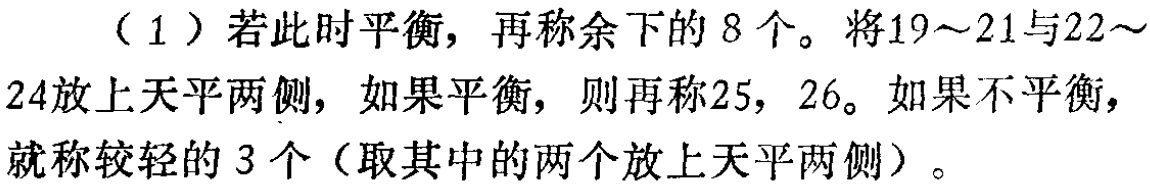
（1）若此时平衡，再称余下的8个。将19～21与22～24放上天平两侧，如果平衡，则再称25，26。如果不平衡，就称较轻的3个（取其中的两个放上天平两侧）。